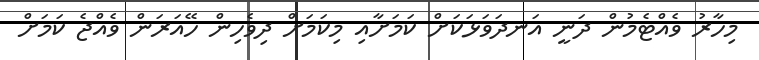
މިހާރު ވެއްޓެމުން ދަނީ އަނދަވަޅަކަށް ކަމަށާއި މިކަމަށް ދިވެހިން ހޭއަރަން ވެއްޖެ ކަމަށް